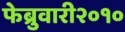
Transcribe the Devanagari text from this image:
फेब्रुवारी२०१०